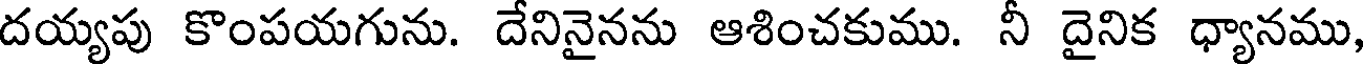
దయ్యపు కొంపయగును. దేనినైనను ఆశించకుము. నీ దైనిక ధ్యానము,